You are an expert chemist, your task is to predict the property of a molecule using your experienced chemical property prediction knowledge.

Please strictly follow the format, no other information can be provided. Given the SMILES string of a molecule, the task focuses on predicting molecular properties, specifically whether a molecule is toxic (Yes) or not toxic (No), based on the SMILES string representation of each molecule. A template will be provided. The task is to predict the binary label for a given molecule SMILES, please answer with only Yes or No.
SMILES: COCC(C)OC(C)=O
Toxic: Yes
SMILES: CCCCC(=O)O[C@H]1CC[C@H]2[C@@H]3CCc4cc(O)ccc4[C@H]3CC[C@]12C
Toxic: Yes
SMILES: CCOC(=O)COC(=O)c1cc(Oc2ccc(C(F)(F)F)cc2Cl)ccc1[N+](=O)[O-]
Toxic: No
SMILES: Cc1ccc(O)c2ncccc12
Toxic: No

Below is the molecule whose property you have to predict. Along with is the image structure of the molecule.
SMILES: O=S(=O)(Oc1ccc(Cl)cc1Cl)c1ccccc1
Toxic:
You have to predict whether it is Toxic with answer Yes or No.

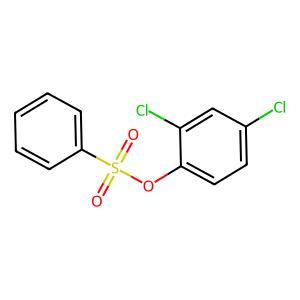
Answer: No